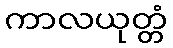
ကာလယုတ္တံ